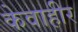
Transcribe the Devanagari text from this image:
केवाहीर